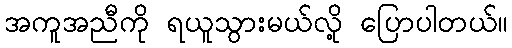
အကူအညီကို ရယူသွားမယ်လို့ ပြောပါတယ်။